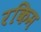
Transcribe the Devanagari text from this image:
रकिम